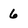
Character: 6